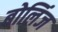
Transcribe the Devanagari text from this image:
बोलिंज